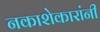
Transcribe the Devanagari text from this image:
नकाशेकारांनी